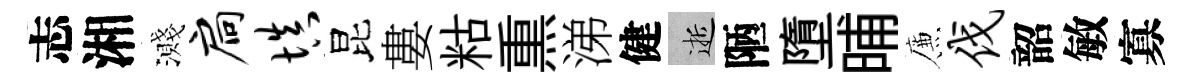
志湘濺扃填昆婁䊀𤋱涕健逝陋墮晡簾伐韶敏寡